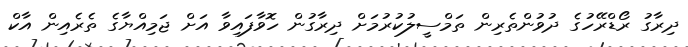
ދިރާގު ރޯޑްރޭހުގެ ދުވުންތެރިން ތަމްސީލުކުރުމަށް ދިރާގުން ހޮވާފައިވާ އަށް ޖަމިއްޔާގެ ތެރެއިން އާކް